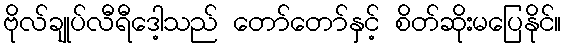
ဗိုလ်ချုပ်လီရီဒေါ့သည် တော်တော်နှင့် စိတ်ဆိုးမပြေနိုင်။